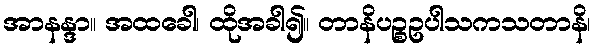
အာနန္ဒာ။ အထခေါ၊ ထိုအခါ၍။ တာနိပဉ္စဥပါသကသတာနိ၊